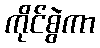
ကိုင်စွဲကာ